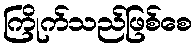
ကြိုက်သည်ဖြစ်စေ